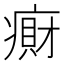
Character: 𫞭